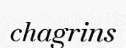
chagrins